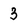
Character: 3